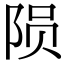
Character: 陨